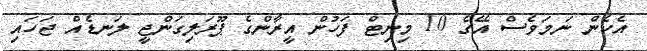
އެހެން ނަމަވެސް އޭގެ 10 މިނިޓް ފަހުން އީރާންގެ ޕޫރަލިގަންޖީ ލަނޑެއް ޖަހައި